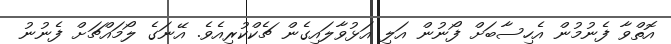
އޮތްވާ ފެނުމުން އެހިސާބަށް ފޯނުން އަލި އަޅުވާލައިގެން ޗެކްކުރިއެވެ. އޭނަގެ ލޯމައްޗަށް ފެނުނު